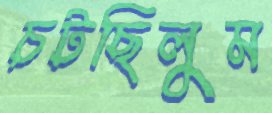
চটছিলুম